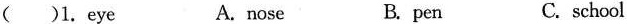
（）1.eye A. nose B.pen C.school